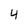
Character: 4